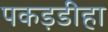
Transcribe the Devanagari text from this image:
पकड़डीहा